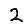
Digit: 2